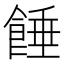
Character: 𩜀